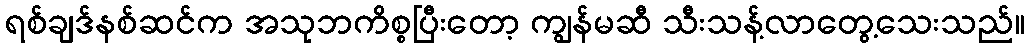
ရစ်ချဒ်နစ်ဆင်က အသုဘကိစ္စပြီးတော့ ကျွန်မဆီ သီးသန့်လာတွေ့သေးသည်။